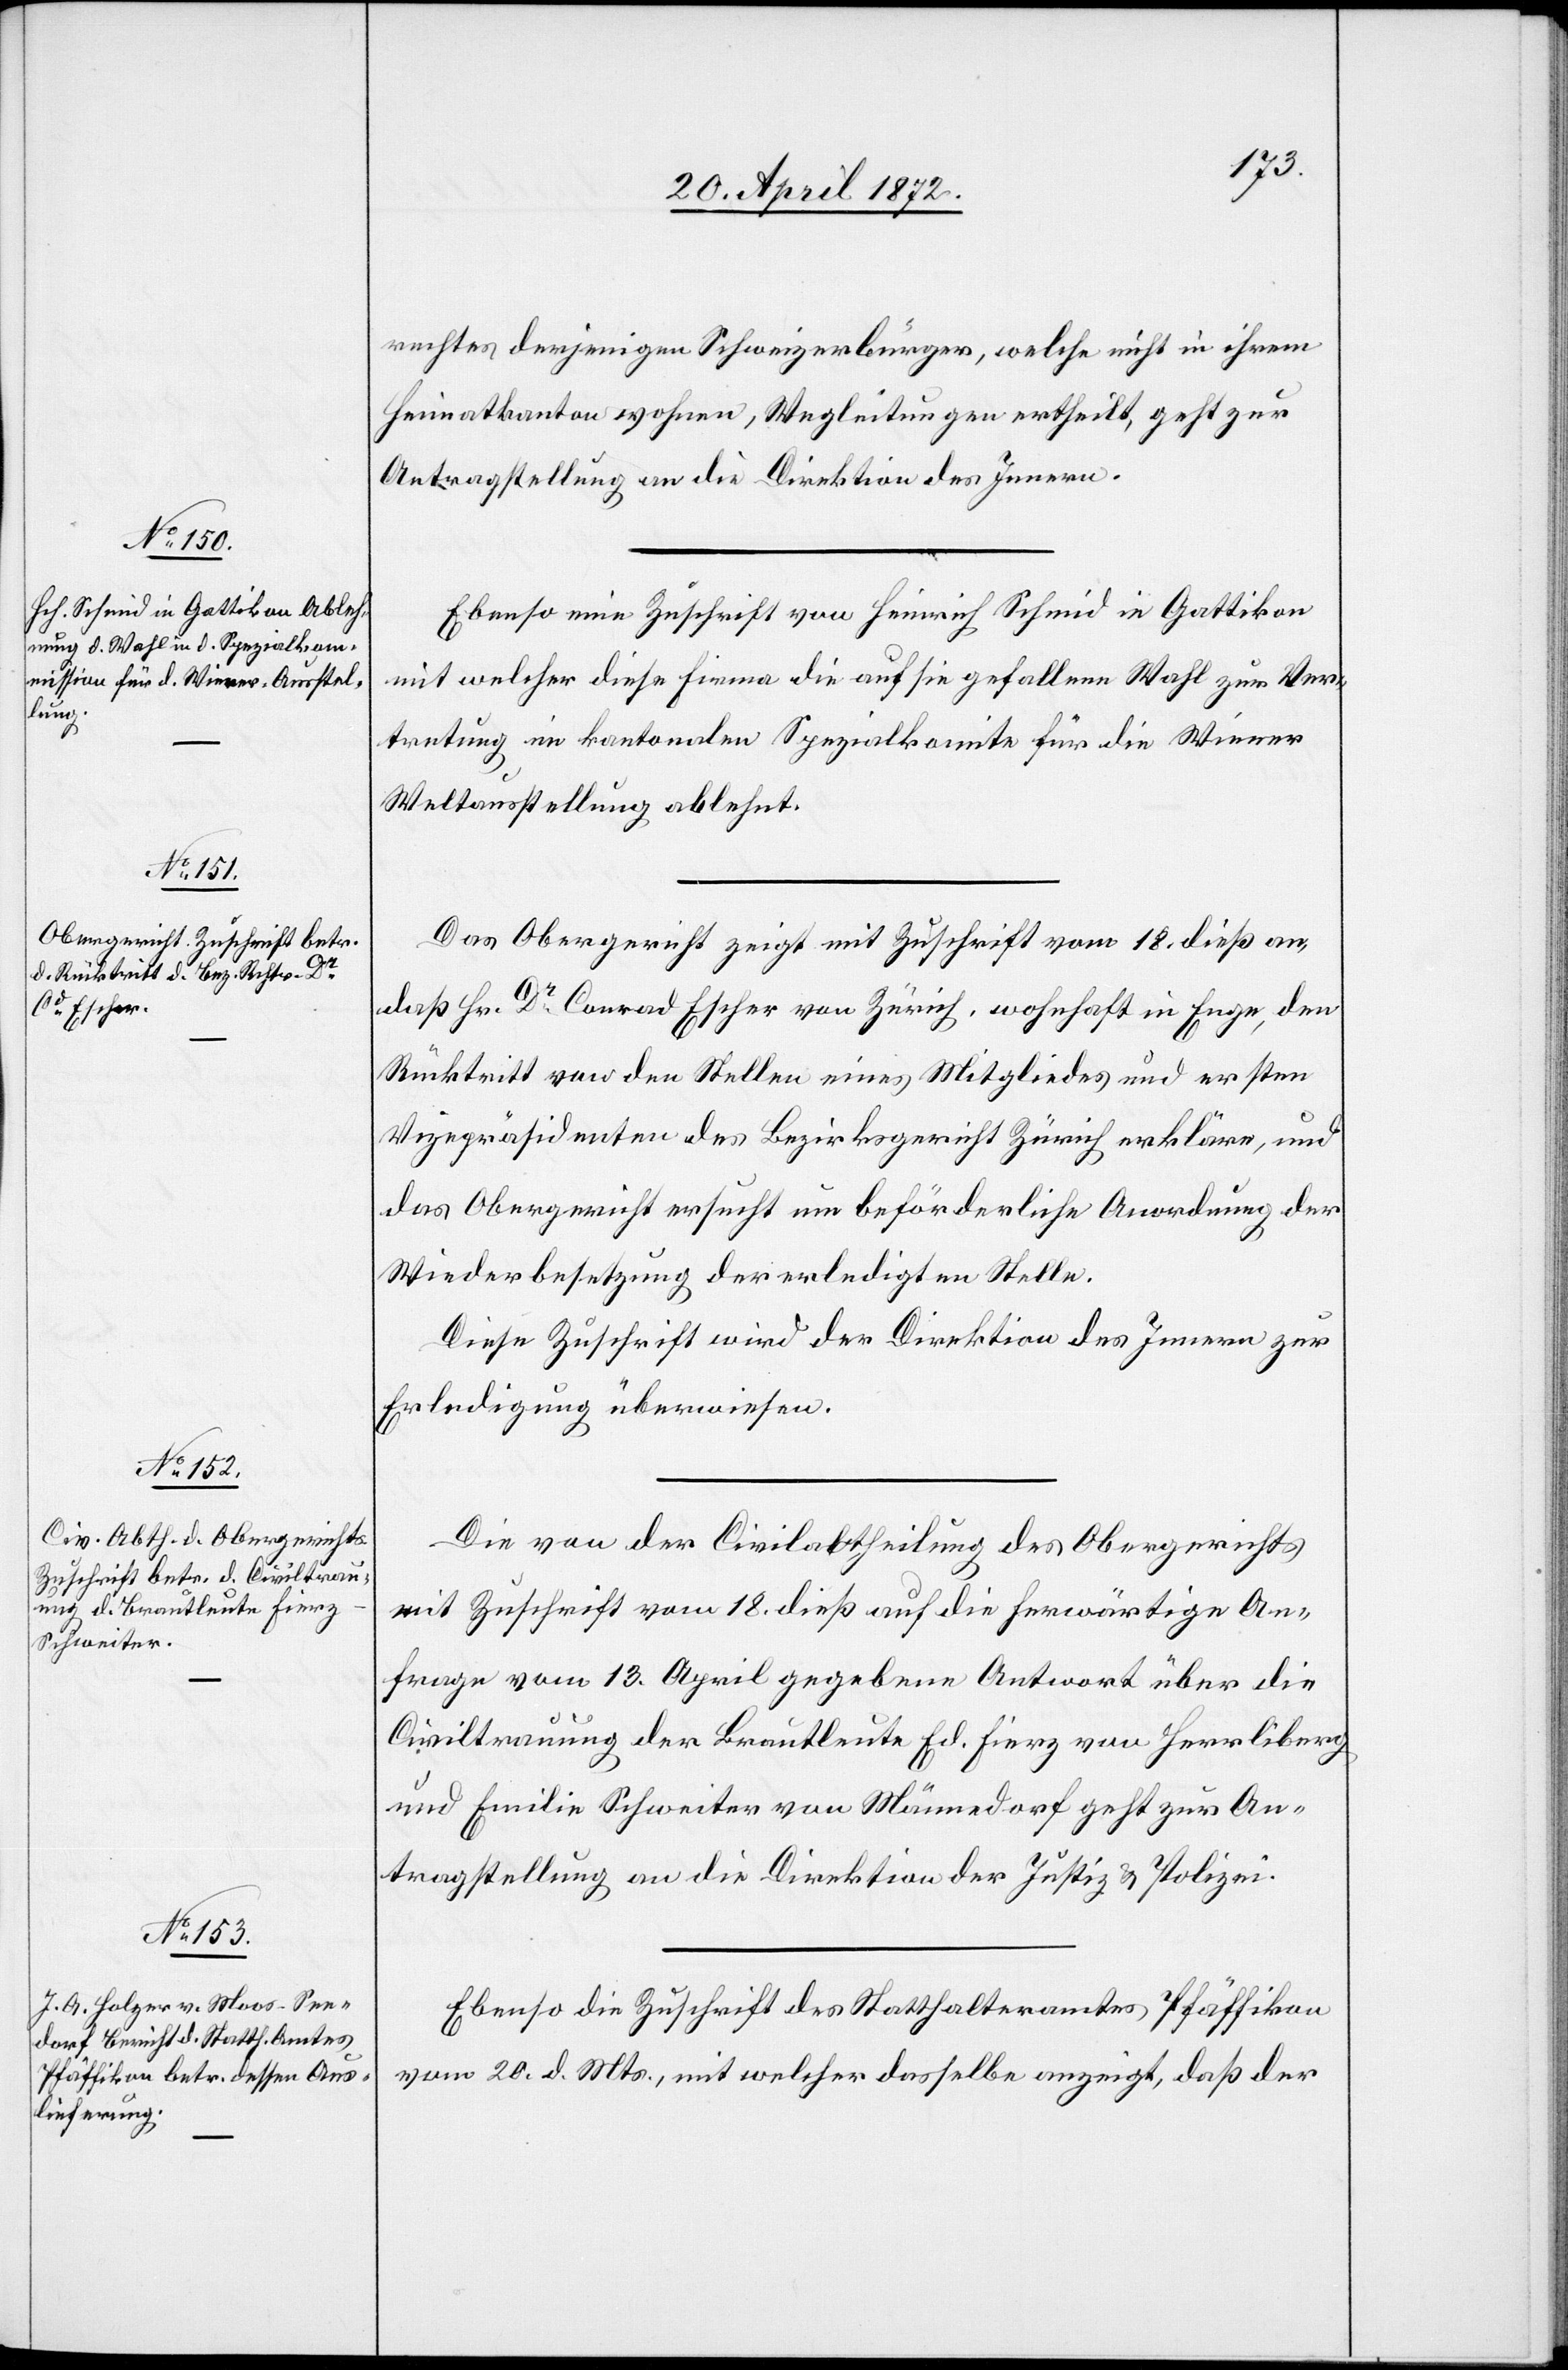
22. April 1872.]
rechtes derjenigen Schweizerbürger, welche nicht in ihrem
Heimatkanton wohnen, Wegleitungen ertheilt, geht zur
Antragstellung an die Direktion des Innern.
Ebenso eine Zuschrift von Heinrich Schmid in Gattikon[,]
mit welcher diese Firma die auf sie gefallene Wahl zur Ver¬
tretung im kantonalen Spezialkomite für die Wiener
Weltausstellung ablehnt.
Das Obergericht zeigt mit Zuschrift vom 18. dieß an,
daß Hr. Dr Conrad Escher von Zürich, wohnhaft in Enge, den
Rücktritt von den Stellen eines Mitgliedes und ersten
Vizepräsidenten des Bezirksgericht[s] Zürich erkläre, und
das Obergericht ersucht um beförderliche Anordnung der
Wiederbesetzung der erledigten Stelle.
Diese Zuschrift wird der Direktion des Innern zur
Erledigung überwiesen.
Die von der Civilabtheilung des Obergerichts
mit Zuschrift vom 18. dieß auf die herwärtige An¬
frage vom 13. April gegebene Antwort über die
Civiltrauung der Brautleute Ed. Fierz von Herrliberg
und Emilie Schweiter von Männedorf geht zur An¬
tragstellung an die Direktion der Justiz u. Polizei.
Ebenso die Zuschrift des Statthalteramtes Pfäffikon
vom 20. d. Mts., mit welcher dasselbe anzeigt, daß der